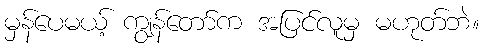
မှန်ပေမယ့် ကျွန်တော်က အပြင်လူမှ မဟုတ်ဘဲ။